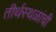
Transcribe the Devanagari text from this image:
तीर्थस्थळांची